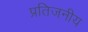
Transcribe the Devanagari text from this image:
प्रतिजनीय